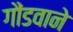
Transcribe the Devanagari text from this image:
गौंडवाने